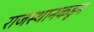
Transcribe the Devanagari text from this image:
राजस्थानकडून